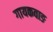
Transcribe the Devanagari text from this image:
गायकवाङ